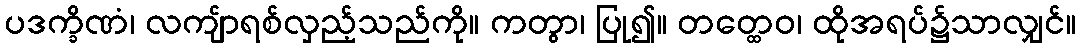
ပဒက္ခိဏံ၊ လကျ်ာရစ်လှည့်သည်ကို။ ကတွာ၊ ပြု၍။ တတ္ထေဝ၊ ထိုအရပ်၌သာလျှင်။